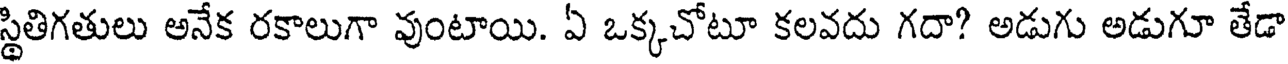
స్థితిగతులు అనేక రకాలుగా వుంటాయి. ఏ ఒక్కచోటూ కలవదు గదా? అడుగు అడుగూ తేడా